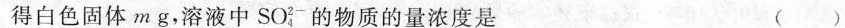
得白色固体m g，溶液中SO_{4}^{2-}的物质的量浓度是 ( )